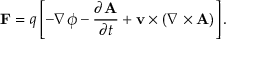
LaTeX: \mathbf { F } = q \left[ - \nabla \phi - { \frac { \partial \mathbf { A } } { \partial t } } + \mathbf { v } \times ( \nabla \times \mathbf { A } ) \right] .